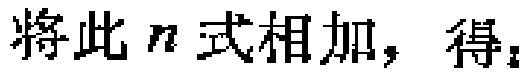
将此\(n\)式相加，得：